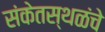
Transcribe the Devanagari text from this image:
संकेतस्थळंचे